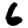
Digit: 6